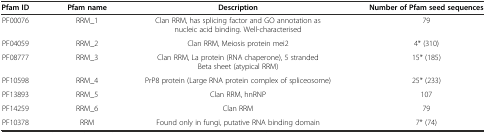
| Pfam ID | Pfam name | Description | Number of Pfam seed sequences |
 | --- | --- | --- | --- |
 | PF00076 | RRM_1 | Clan RRM, has splicing factor and GO annotation as nucleic acid binding. Well-characterised | 79 |
 | PF04059 | RRM_2 | Clan RRM, Meiosis protein mei2 | 4* (310) |
 | PF08777 | RRM_3 | Clan RRM, La protein (RNA chaperone), 5 stranded Beta sheet (atypical RRM) | 15* (185) |
 | PF10598 | RRM_4 | PrP8 protein (Large RNA protein complex of spliceosome) | 25* (233) |
 | PF13893 | RRM_5 | Clan RRM, hnRNP | 107 |
 | PF14259 | RRM_6 | Clan RRM | 79 |
 | PF10378 | RRM | Found only in fungi, putative RNA binding domain | 7* (74) |